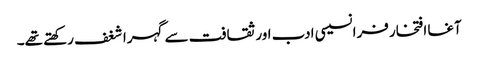
آغا افتخار فرانسیسی ادب اور ثقافت سے گہرا شغف رکھتے تھے۔